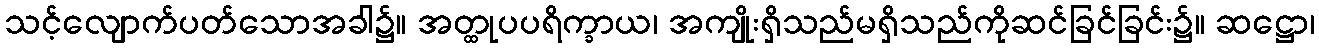
သင့်လျောက်ပတ်သောအခါ၌။ အတ္ထုပပရိက္ခာယ၊ အကျိုးရှိသည်မရှိသည်ကိုဆင်ခြင်ခြင်း၌။ ဆဋ္ဌော၊